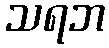
သရဘ